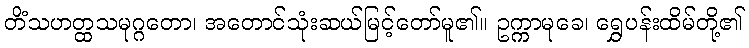
တိံသဟတ္ထသမုဂ္ဂတော၊ အတောင်သုံးဆယ်မြင့်တော်မူ၏။ ဥက္ကာမုခေ၊ ရွှေပန်းထိမ်တို့၏